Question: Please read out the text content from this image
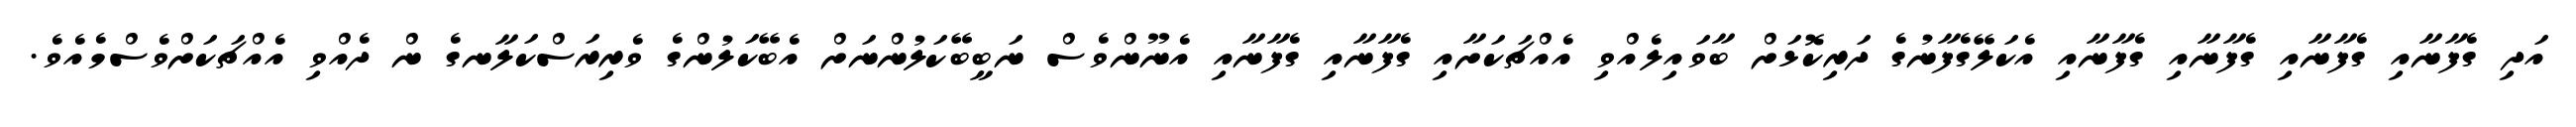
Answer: އަދި ގެފާނާއި ގެފާނާއި ގެފާނާއި ގެފާނާއި އެކަލޭގެފާނުގެ ދަރިކޮޅަށް ބާވައިލެއްވި އެއްޗަކަށާއި ގެފާނާއި ގެފާނާއި އެނޫންވެސް ނަބީބޭކަލުންނަށް އެބޭކަލުންގެ ވެރިރަސްކަލާނގެ ން ދެއްވި އެއްޗަކަށްވެސްމެއެވެ.